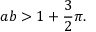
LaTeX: a b > 1 + { \frac { 3 } { 2 } } \pi .